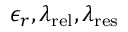
\epsilon _ { r } , \lambda _ { \mathrm { { r e l } } } , \lambda _ { \mathrm { { r e s } } }